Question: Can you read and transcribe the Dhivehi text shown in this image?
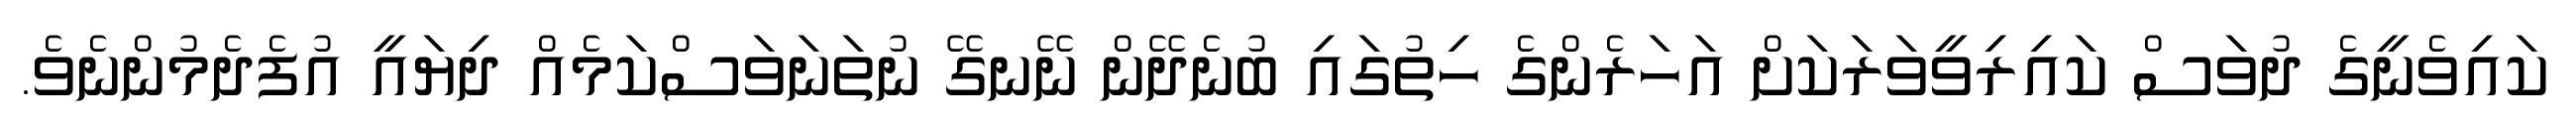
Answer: ކައިވެނީގެ ދުވަސް ކައިރިވީވަރަކަށް އަހަރެންގެ ހިތުގައި ބުނެދޭން ނޭނގޭ ނުތަނަވަސްކަމެއް ދިޔައީ އުފެދެމުންނެވެ.